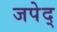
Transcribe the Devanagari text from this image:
जपेद्